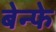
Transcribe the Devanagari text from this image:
बेन्फे